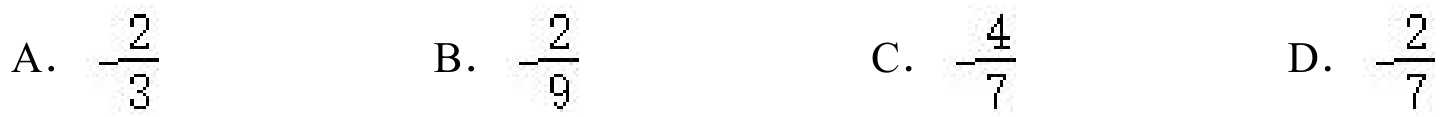
A. \(-\frac{2}{3}\)
B. \(-\frac{2}{9}\)
C. \(-\frac{4}{7}\)
D. \(-\frac{2}{7}\)